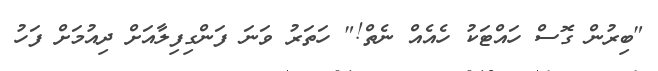
"ބިރުން ގޮސް ހައްޓަކު ހެއެއް ނެތް!" ހަތަރު ވަނަ ފަންގިފިލާއަށް ދިއުމަށް ފަހު